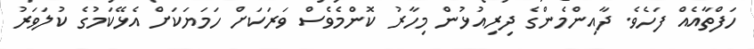
ހަފްތާއެއް ފަހެވެ. ދާއިންމެންގެ ދިރިއުޅުން މިހާރު ކޮންމެވެސް ވަރަކަށް ހަމަޔަކަށް އެޅޭކަމުގެ ކުލަވަރު